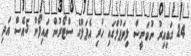
24 ގަޑިއިރު ނުވަނީސް ލިވަޕުލްގައި ހުރި އެޕަލްގެ ސްޓޯރުން އައިފޯން 5އެސް އަދި